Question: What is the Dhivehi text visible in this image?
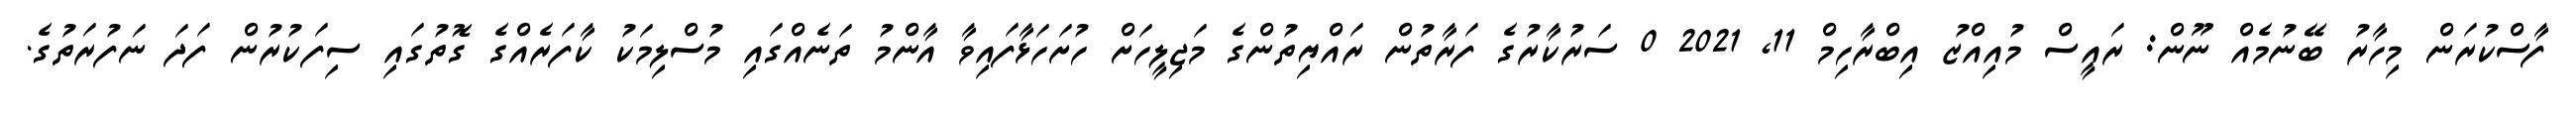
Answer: ފާސްކުރަން މިހާރު ބޭނުމެއް ނޫން: ރައީސް މުއިއްޒު އިބްރާހިމް 11, 2021 0 ސަރުކާރުގެ ފަރާތުން ރައްޔިތުންގެ މަޖިލީހަށް ހުށަހަޅާފައިވާ އާންމު ތަނެއްގައި މުސްލިމަކު ކާފަރެއްގެ ގޮތުގައި ސިފަކުރުން ފަދަ ނަފުރަތުގެ.